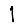
Digit: 1